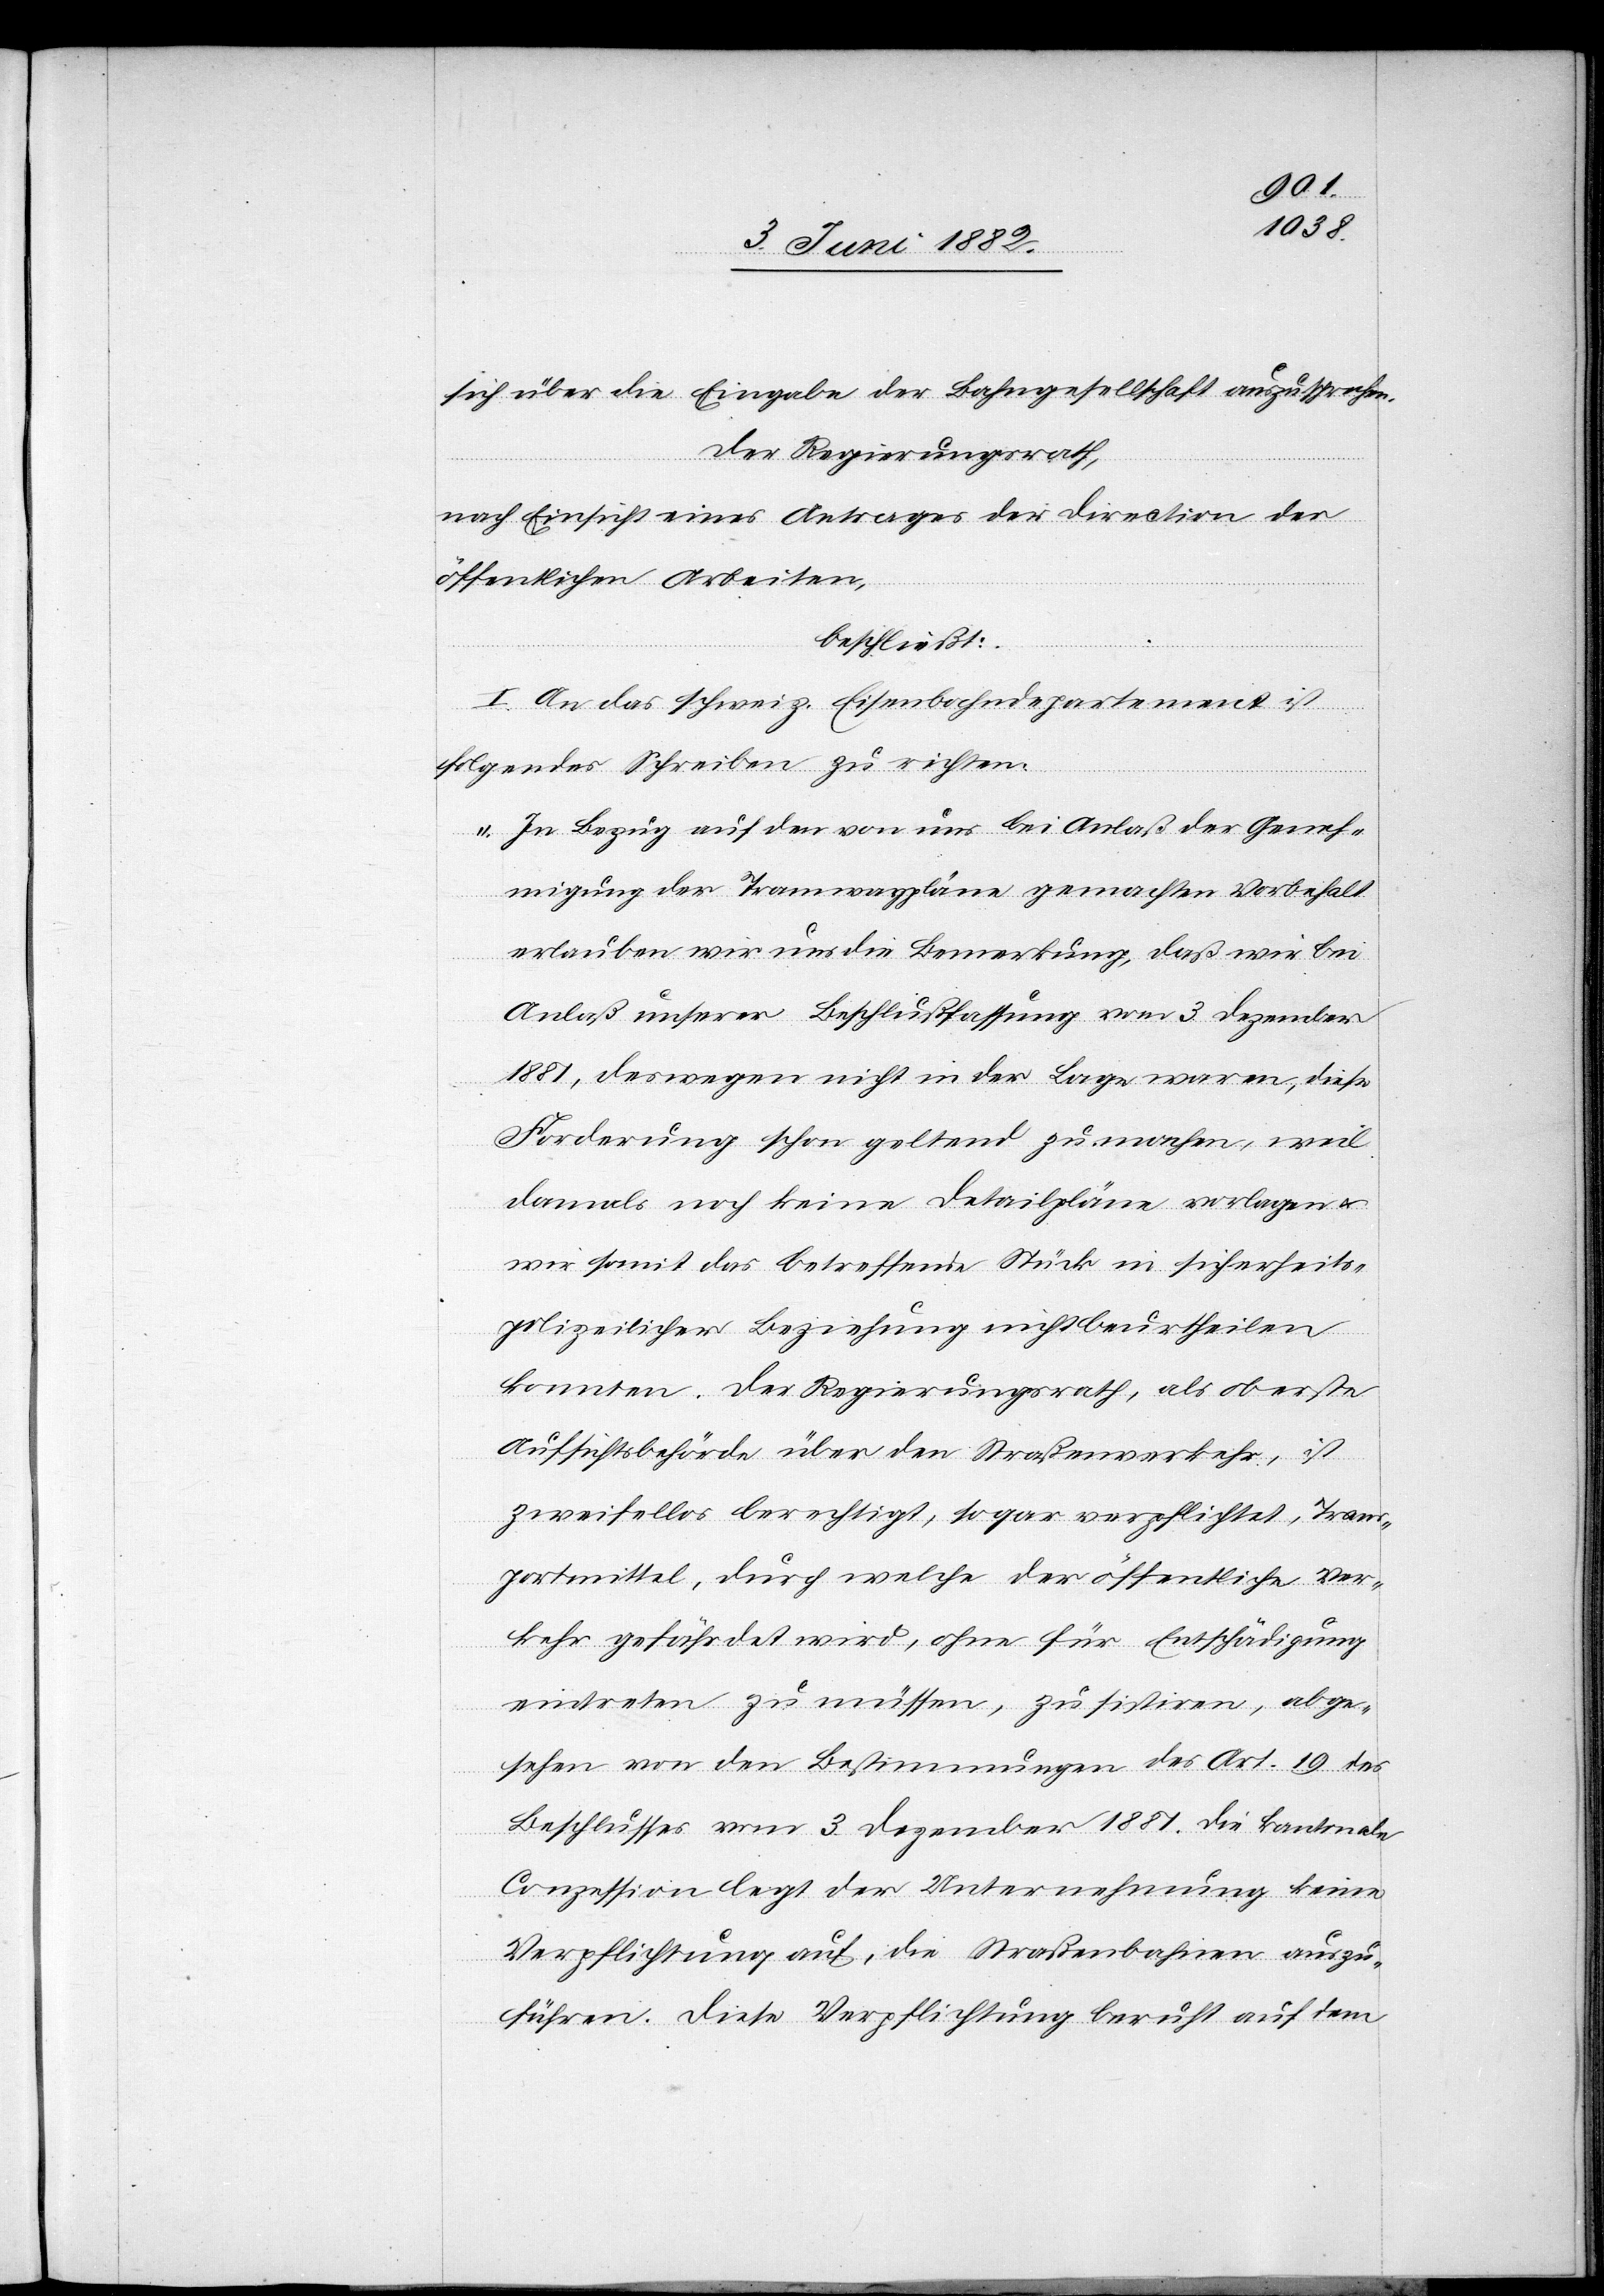
sich über die Eingabe der Bahngesellschaft auszusprechen
Der Regierungsrath,
nach Einsicht eines Antrages der Direction der
öffentlichen Arbeiten,
beschließt:
I. An das schweiz. Eisenbahndepartement ist
folgendes Schreiben zu richten:
„In Bezug auf den von uns bei Anlaß der Geneh¬
migung der Tramwaypläne gemachten Vorbehalt
erlauben wir uns die Bemerkung, daß wir bei
Anlaß unserer Beschlußfassung vom 3. Dezember
1881, deswegen nicht in der Lage waren, diese
Forderung schon geltend zu machen, weil
damals noch keine Detailpläne vorlagen u.
wir somit das betreffende Stück in sicherheits¬
polizeilicher Beziehung nicht beurtheilen
konnten. Der Regierungsrath, als oberste
Aufsichtsbehörde über den Straßenverkehr, ist
zweifellos berechtigt, sogar verpflichtet, Trans¬
portmittel, durch welche der öffentliche Ver¬
kehr gefährdet wird, ohne für Entschädigung
eintreten zu müssen, zu sistiren, abge¬
sehen von den Bestimmungen des Art. 19 des
Beschlusses vom 3. Dezember 1881. Die kantonale
Conzession legt der Unternehmung keine
Verpflichtung auf, die Straßenbahnen auszu¬
führen. Diese Verpflichtung beruht auf dem